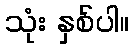
သုံး နှစ်ပါ။